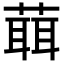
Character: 𦻙